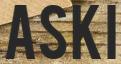
ASKI